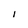
Character: i